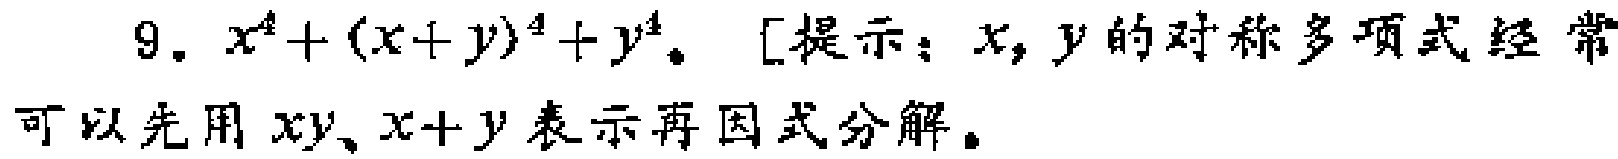
9. \(x^{4}+(x + y)^{4}+y^{4}\)。[提示：\(x,y\)的对称多项式经常可以先用\(xy、x + y\)表示再因式分解。]